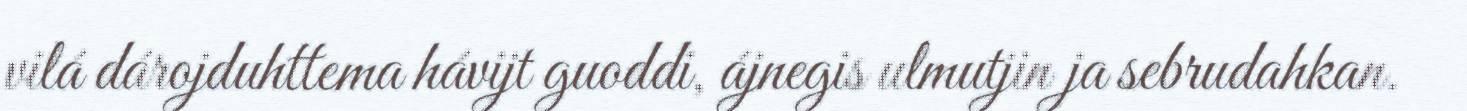
vilá dárojduhttema hávijt guoddi, ájnegis ulmutjin ja sebrudahkan.